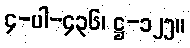
၄-ပါ-၄၃၆၊ ဋ္ဌ-၁၂၅။